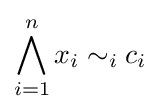
\bigwedge _{i=1}^{n}x_{i}\sim _{i}c_{i}